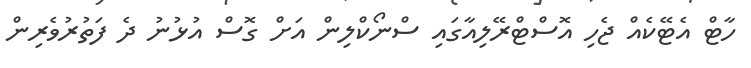
ހާޓް އެޓޭކެއް ޖެހި އޮސްޓްރޭލިއާގައި ސްނޯކްލިން އަށް ގޮސް އުޅުނު ދެ ފަތުރުވެރިން